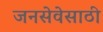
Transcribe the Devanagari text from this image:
जनसेवेसाठी